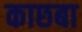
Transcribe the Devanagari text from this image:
काछबा